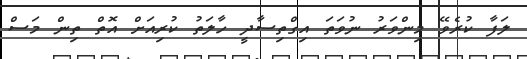
ލަފާ ކުރެވޭ މިންވަރު ނުވަތަ އިގްތިސާދީ ހާލަތު ކުރިއަށް އޮތް ތިން މަސް